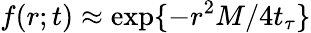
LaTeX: f(r;t)\approx\exp\{ -r^{2}M/4t_{\tau}\}